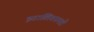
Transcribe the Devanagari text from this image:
इटालियनमधे